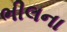
ભીલના